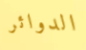
الدوائر